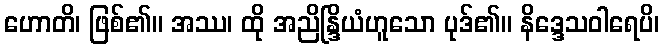
ဟောတိ၊ ဖြစ်၏။ အဿ၊ ထို အညိန္ဒြိယံဟူသော ပုဒ်၏။ နိဒ္ဒေသဝါရေပိ၊